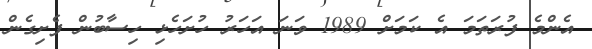
އެންމެ ފުރަތަމަ އެ ކަމަށް 1989 ވަނަ އަހަރު ހުށަހެޅި ހިސާބުން ފެށިގެން